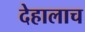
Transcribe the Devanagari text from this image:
देहालाच